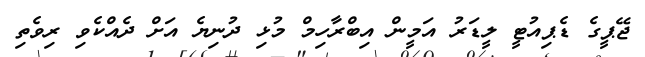
ޖޭޕީގެ ޑެޕިއުޓީ ލީޑަރު އަމީން އިބްރާހިމް މުޅި ދުނިޔެ އަށް ދެއްކެވި ރިވެތި